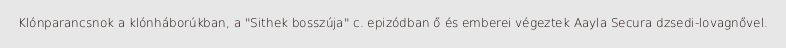
Klónparancsnok a klónháborúkban, a "Sithek bosszúja" c. epizódban ő és emberei végeztek Aayla Secura dzsedi-lovagnővel.